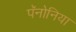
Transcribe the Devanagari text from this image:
पॅनोनिया